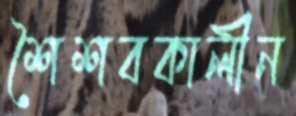
শৈশবকালীন